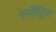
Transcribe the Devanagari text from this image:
सर्वेंद्रिय